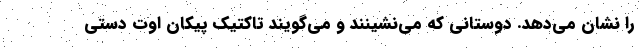
را نشان می‌دهد. دوستانی که می‌نشینند و می‌گویند تاکتیک پیکان اوت دستی